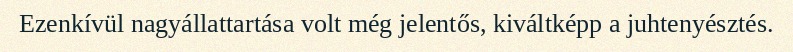
Ezenkívül nagyállattartása volt még jelentős, kiváltképp a juhtenyésztés.